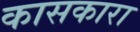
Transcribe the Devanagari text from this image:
कासकारा